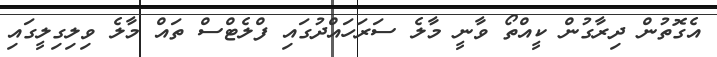
އެގޮތުން ދިރާގުން ކީއްތޯ ވާނީ މާލެ ސަރަހައްދުގައި ފްލެޓްސް ތައް މާލެ ވިލިގިލީގައި